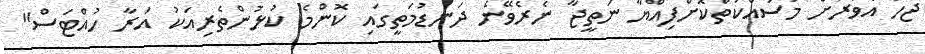
ޖެހޭ އެވަރަށް މަސައްކަތްކޮށްފިއްޔާ ނަތީޖާ ނެރެވޭނެ ދަނޑުމަތީގައި ކޮންމެ ކުޅުންތެރިއަކު އަރާ ހުއްޓަސް"